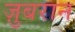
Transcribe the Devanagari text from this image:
ज़ुबरान